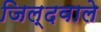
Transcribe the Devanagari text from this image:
जिल्दवाले